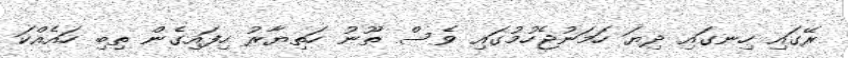
ރޭގައި ހިނގައި ދިޔަ ހަމަނުޖެހުމުގައި ވެސް ތޫނު ހަތިޔާރު ހިފައިގެން ތިބި ހައެއްކަ